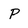
Character: p